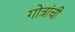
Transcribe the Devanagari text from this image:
गोत्रांची